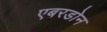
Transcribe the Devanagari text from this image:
एबरडोन